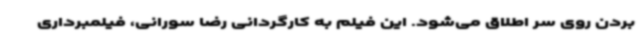
بردن روی سر اطلاق می‌شود. این فیلم به کارگردانی رضا سورانی، فیلمبرداری